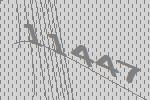
11447